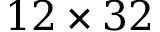
1 2 \times 3 2